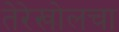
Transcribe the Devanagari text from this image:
तेरेखोलचा